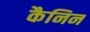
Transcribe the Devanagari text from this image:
कैनिन